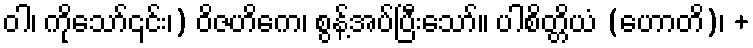
ဝါ၊ ကိုသော်၎င်း၊) ဝိဇဟိကေ၊ စွန့်အပ်ပြီးသော်။ ပါစိတ္တိယံ (ဟောတိ)၊ +